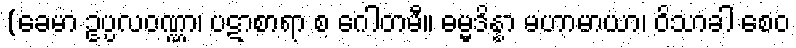
(ခေမာ ဥပ္ပလဝဏ္ဏာ၊ ပဋာစာရာ စ ဂေါတမီ။ ဓမ္မဒိန္နာ မဟာမာယာ၊ ဝိသာခါ စေဝ